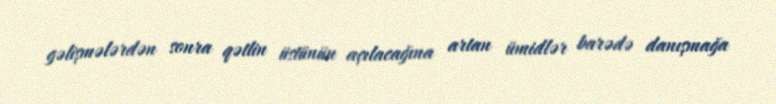
gəlişmələrdən sonra qətlin üstünün açılacağına artan ümidlər barədə danışmağa